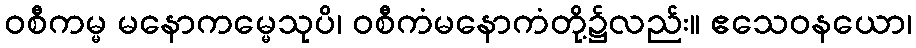
ဝစီကမ္မ မနောကမ္မေသုပိ၊ ဝစီကံမနောကံတို့၌လည်း။ ဧသေဝနယော၊